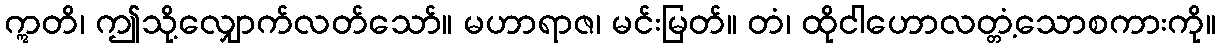
ဣတိ၊ ဤသို့လျှောက်လတ်သော်။ မဟာရာဇ၊ မင်းမြတ်။ တံ၊ ထိုငါဟောလတ္တံ့သောစကားကို။